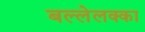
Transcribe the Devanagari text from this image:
बल्लेलक्का